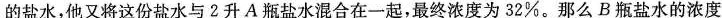
的盐水，他又将这份盐水与2升A瓶盐水混合在一起，最终浓度为32%。那么B瓶盐水的浓度